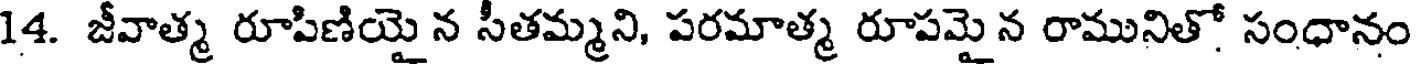
14. జీవాత్మ రూపిణియై న సీతమ్మని, పరమాత్మ రూపమై న రామునితో సంధానం